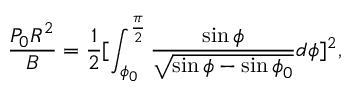
\frac { P _ { 0 } R ^ { 2 } } { B } = \frac { 1 } { 2 } [ \int _ { \phi _ { 0 } } ^ { \frac { \pi } { 2 } } \frac { \sin \phi } { \sqrt { \sin \phi - \sin \phi _ { 0 } } } d \phi ] ^ { 2 } ,